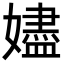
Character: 嬧